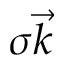
\sigma \vec { k }